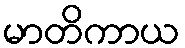
မာတိကာယ